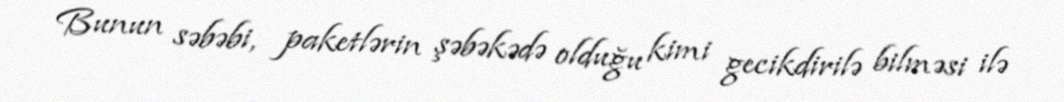
Bunun səbəbi, paketlərin şəbəkədə olduğu kimi gecikdirilə bilməsi ilə